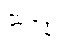
ဆုဒ္ဓေါ